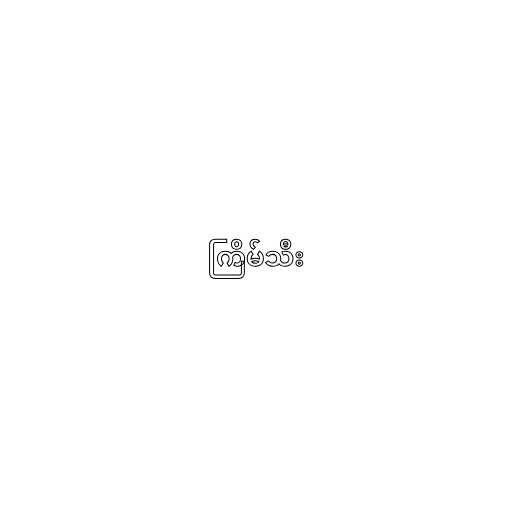
ကြိမ်သီး